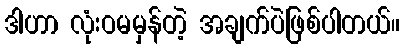
ဒါဟာ လုံးဝမမှန်တဲ့ အချက်ပဲဖြစ်ပါတယ်။